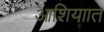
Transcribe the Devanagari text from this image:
आशियाात